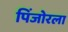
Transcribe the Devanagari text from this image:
पिंजोरला